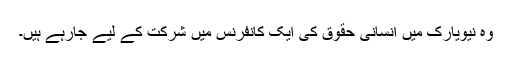
وہ نیویارک میں انسانی حقوق کی ایک کانفرنس میں شرکت کے لیے جارہے ہیں۔